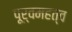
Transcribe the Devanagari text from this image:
पूर्वमहत्व